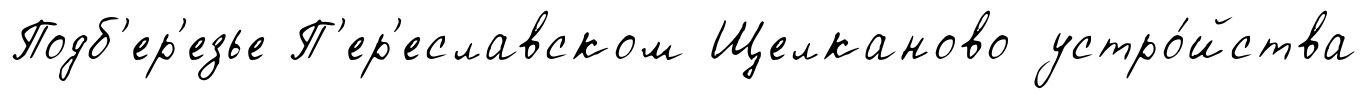
Подб'ер'езье П'ер'еславском Щелканово устро́йства